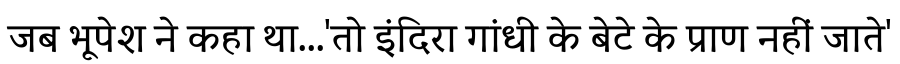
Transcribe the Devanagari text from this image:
जब भूपेश ने कहा था...'तो इंदिरा गांधी के बेटे के प्राण नहीं जाते'